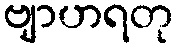
ဗျာဟရတု